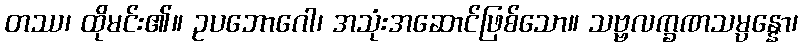
တဿ၊ ထိုမင်း၏။ ဥပဘောဂေါ၊ အသုံးအဆောင်ဖြစ်သော။ သဗ္ဗလက္ခဏသမ္ပန္နော၊